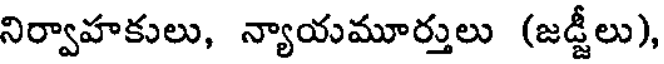
నిర్వాహకులు, న్యాయమూర్తులు (జడ్జీలు),